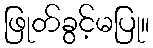
ဖြုတ်ခွင့်မပြု။